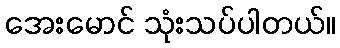
အေးမောင် သုံးသပ်ပါတယ်။